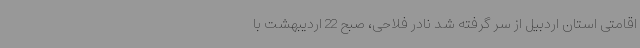
اقامتی استان اردبیل از سر گرفته شد نادر فلاحی، صبح 22 اردیبهشت‌ با